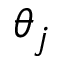
\theta _ { j }